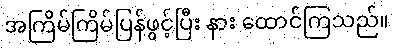
အကြိမ်ကြိမ်ပြန်ဖွင့်ပြီး နား ထောင်ကြသည်။